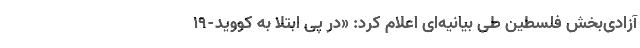
آزادی‌بخش فلسطین طی بیانیه‌ای اعلام کرد: «در پی ابتلا به کووید-۱۹